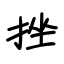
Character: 挫